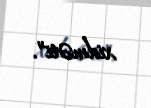
xidməti”.